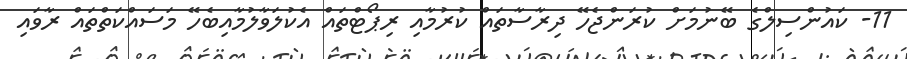
11- ކައުންސިލްގެ ބޭނުމަށް ކުރަންޖެހޭ ދިރާސާތައް ކުރުމާއި ރިޕޯޓްތައް އެކުލަވާލުމާއިބެހޭ މަސައްކަތްތައް ރާވައި